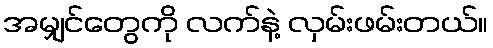
အမျှင်တွေကို လက်နဲ့ လှမ်းဖမ်းတယ်။